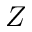
Z